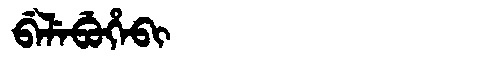
Manchu: ᠪᡝᠯᡝᠪᡠᡥᡝᠪᡳ
Romanization: BELEBUHEBI